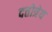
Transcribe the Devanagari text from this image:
दत्तोत्रेय